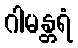
ဂါမန္တရံ